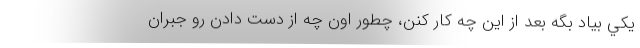
يكي بياد بگه بعد از اين چه كار كنن، چطور اون چه از دست دادن رو جبران